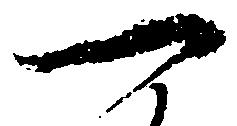
一